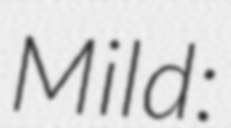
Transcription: Mild: